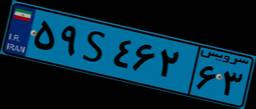
۵۹S۴۶۲۶۳